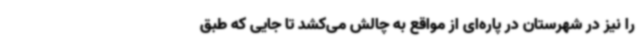
را نیز در شهرستان در پاره‌ای از مواقع به چالش می‌کشد تا جایی که طبق